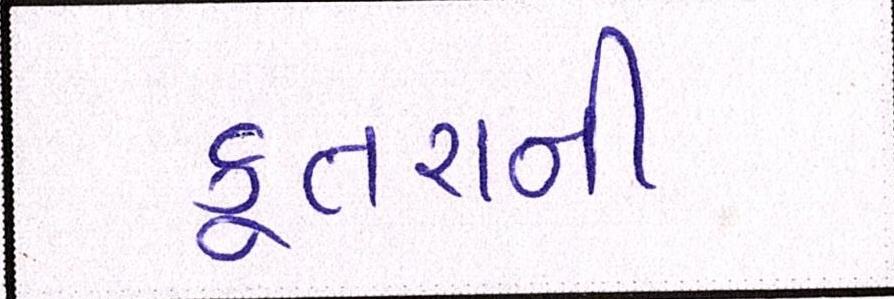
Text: કૂતરાની